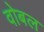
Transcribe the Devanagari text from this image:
वोबल